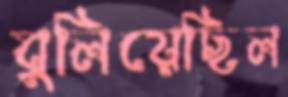
বুলিয়েছিল